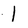
Character: l